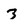
Character: 3